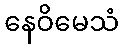
နေဝိမေသံ